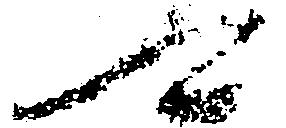
可